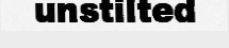
unstilted